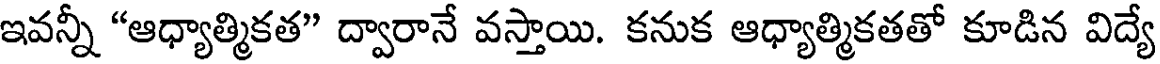
ఇవన్నీ "ఆధ్యాత్మికత" ద్వారానే వస్తాయి. కనుక ఆధ్యాత్మికతతో కూడిన విద్యే